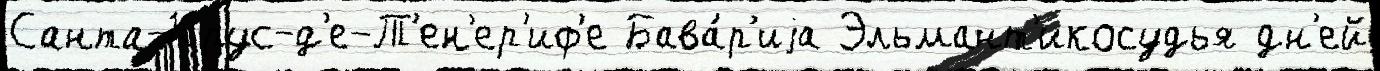
Санта-Крус-д'е-Т'ен'ер'иф'е Бава́р'иjа Эльмант'икосудья дн'ей